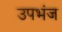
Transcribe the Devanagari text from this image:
उपभंज